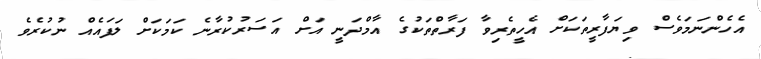
އެހެންނަމަވެސް ވިޔަފާރީތަކަށް އެހީތެރިވާ ފަރާތްތަކުގެ އާމްދަނީ އަށް އަސަރުކުރާނެ ކަމަކަށް ލަފައެއް ނުކުރެވެ